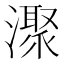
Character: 㵵